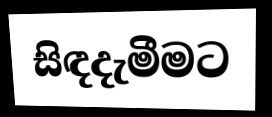
සිඳදැමීමට